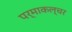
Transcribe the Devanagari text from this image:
पर्माकल्चर